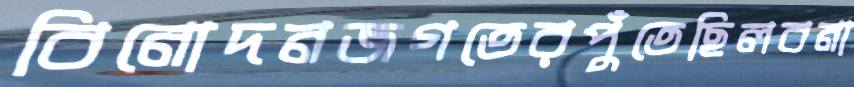
বিনোদনজগতেরপুঁতেছিলবনা